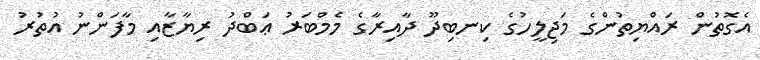
އެގޮތުން ރައްޔިތުންގެ މަޖިލީހުގެ ކިނބިދޫ ދާއިރާގެ މެމްބަރު ޢަބްދު ރިޔާޒާއި މާފަންނު އުތުރު